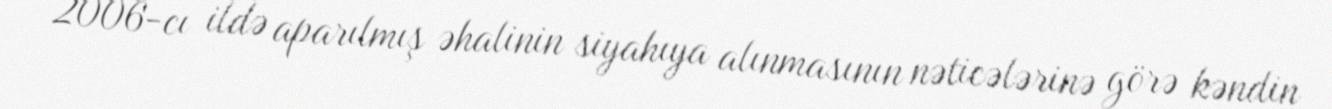
2006-cı ildə aparılmış əhalinin siyahıya alınmasının nəticələrinə görə kəndin